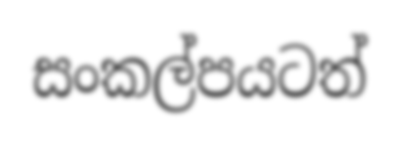
සංකල්පයටත්